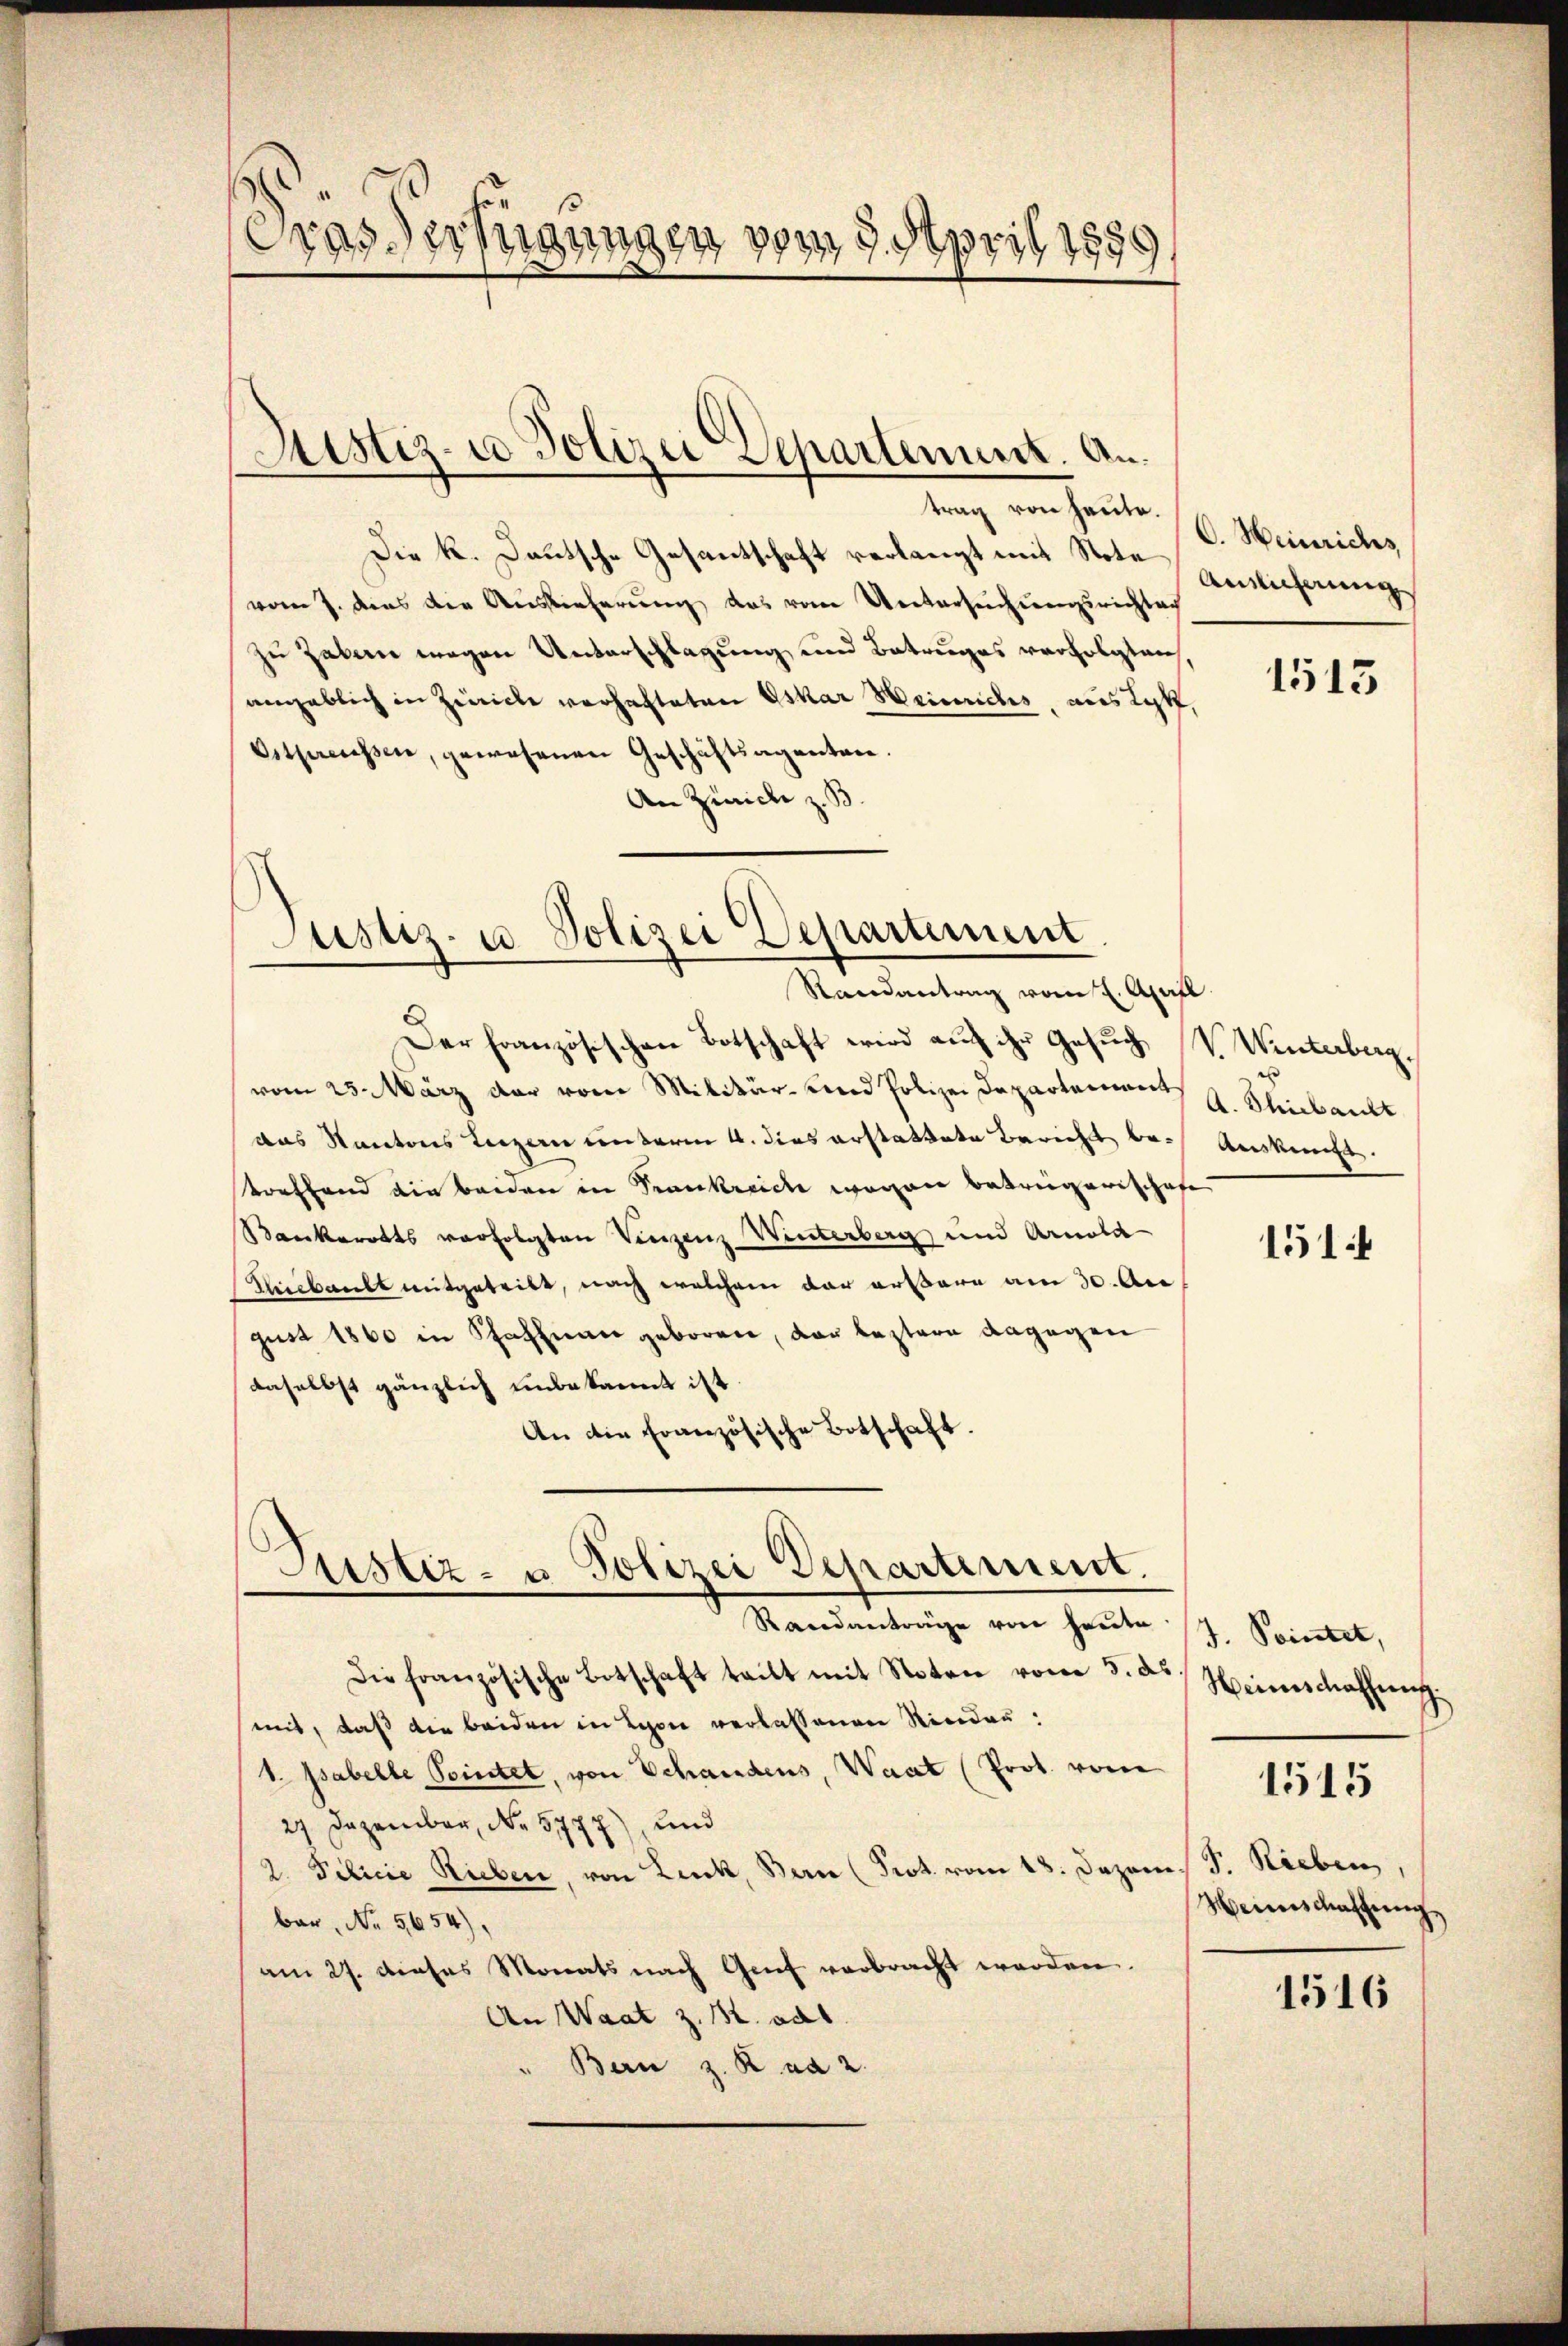
Gras Verfügungen vom 9. April 187,
)

trag von heute. (C. Heinrichs
Die K. Deutsche Gesantschaft verlangt mit Note Auslicherung
vom 7. dies die Auslieferung das vom Untersuchungsrichtag
zu haben wegen Unterschlagung und Betruges verfolgten,
angeblich in Zürich vorhafteten Oskar Heinriches, aus Lok
Ostpreissen, gewesenen Geschäftsagenten.
An Zürich z. B

Der französischen Botschaft wird auf ihr Gesuch, V. Winterberg.
vom 25. März dar vom Militär- und Polizei Departements u. Seinbankt
das Kantons Luzern unterm 4. dies erstattete Berichts bei Auskunft
toffend die beiden in Krankreiche wegen betreigerischofe
Rankerotts verfolgten Verzenz Winterberg und Arnold
Acbault mitgeteilt, nach welchem der artbare am 30. Au
gust 1860 in Schachnau geboren, der bestern dagegen
daselbst gänzlich unbekannt ist.
An die Französische Botschaft.

Justiz- u Polizei Separtement. An¬

Justiz- u. Polizei Departement.
Randantrag vom 2. Aprill

Justiz- u Polizei Departement.
Randanträge von heute.

Die französische Botschaft teilt mit Noten vom 5. ds
mit, daß die beiden in Lyon verlassenen Riedau¬
1. Psabelle Pointet, von Schandens, Waat (Prot. vom
27 Dezember, No. 5777), und
2. Petrie Rieben, von Lenk, Bern (Prot. vom 18. Dezems J. Hieben,
bar, No. 5654),
am 27. dieses Monats nach Genf verbracht werden.
An Waat z. B. od
Bern z. R. ad 2.

1513

151

J. Pointet,
Heimschaffung.
Weines Mastung

1515

1516